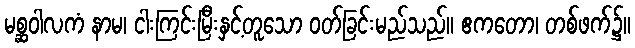
မစ္ဆဝါလကံ နာမ၊ ငါးကြင်းမြီးနှင့်တူသော ဝတ်ခြင်းမည်သည်။ ဧကတော၊ တစ်ဖက်၌။